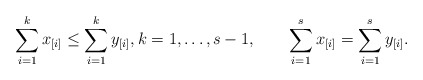
\begin{align*}\sum_{i = 1}^{k} x_{[i]} \leq \sum_{i = 1}^{k} y_{[i]}, k = 1, \ldots, s-1, \quad \quad\sum_{i = 1}^{s} x_{[i]} = \sum_{i = 1}^{s} y_{[i]} .\end{align*}